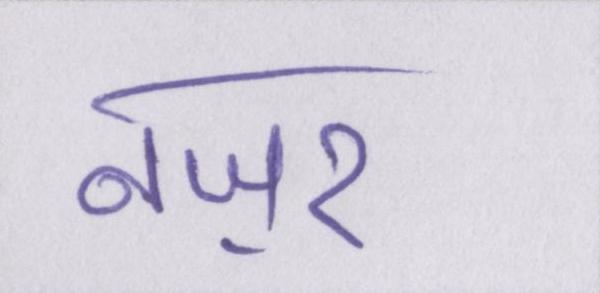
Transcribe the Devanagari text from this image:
नज़र